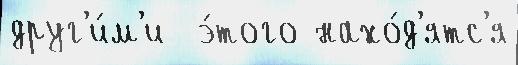
друг'и́м'и  э́того нахо́д'ятс'я